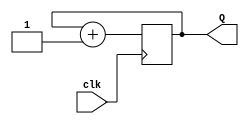
module counter(  input clk,
                    output [1:0] Q);
    
reg [1:0] temp = 0;

always @(posedge clk) begin
    temp = temp + 1;
end

assign Q = temp;

endmodule